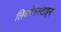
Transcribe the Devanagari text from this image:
लिक्टेनस्टाइन